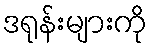
ဒရုန်းများကို